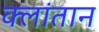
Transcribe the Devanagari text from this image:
क्लांतान